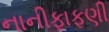
નાનીફાફણી